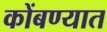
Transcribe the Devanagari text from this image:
कोंबण्यात